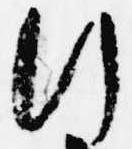
行